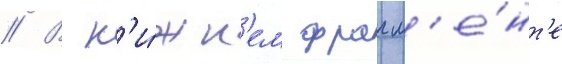
// В н'и́жн'ем фрагм'е́нт'е